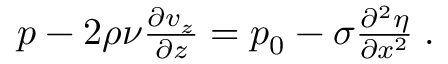
\begin{array} { r } { p - 2 \rho \nu \frac { \partial v _ { z } } { \partial z } = p _ { 0 } - \sigma \frac { \partial ^ { 2 } \eta } { \partial x ^ { 2 } } \; . } \end{array}